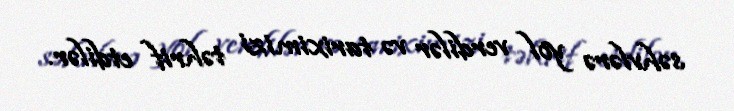
səhvlərə yol verdilər və tariximizi təhrif etdilər.